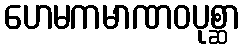
ဟေမကမာဏဝပုစ္ဆာ